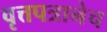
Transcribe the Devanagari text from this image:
वृत्तपत्रानेच